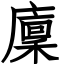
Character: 廩